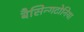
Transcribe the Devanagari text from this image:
बैसिन्गटोनिया